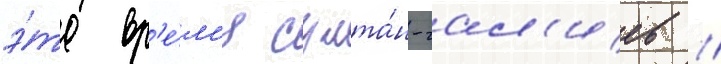
э́то вр'е́м'я султа́н-гал'иев /